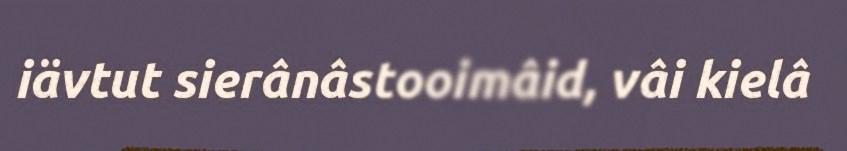
iävtut sierânâstooimâid, vâi kielâ